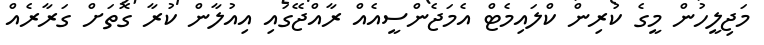
މަޖިލީހުން މީގެ ކުރިން ކްލައިމެޓް އެމަޖެންސީއެއް ރާއްޖޭގައި އިއުލާން ކުރާ ގޮތަށް ގަރާރެއް